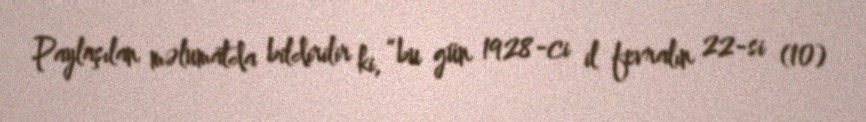
Paylaşılan məlumatda bildirilir ki, “bu gün 1928-ci il fevralın 22-si (10)